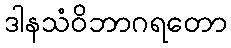
ဒါနသံဝိဘာဂရတော